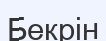
Бекрін